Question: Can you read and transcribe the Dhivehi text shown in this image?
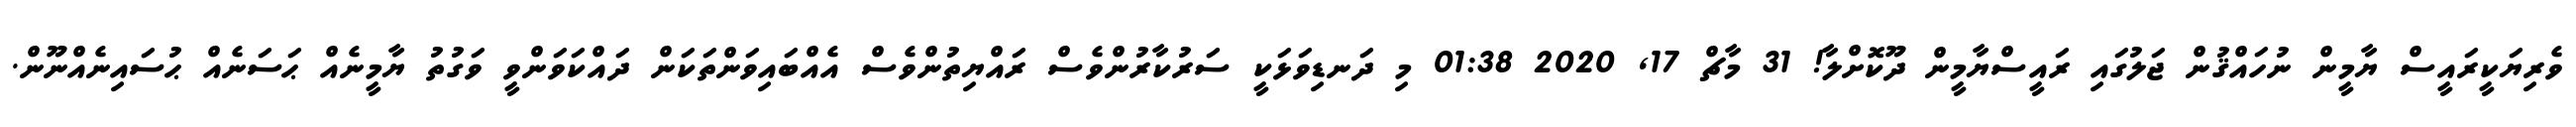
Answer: ވެރިޔަކީރައީސް ޔާމީން ނުހައްޤުން ޖަލުގައި ރައީސްޔާމީން ދޫކޮށްލާ! 31 މާޗް 17, 2020 01:38 މި ދަނޑިވަޅަކީ ސަރުކާރުންވެސް ރައްޔިތުންވެސް އެއްބައިވަންތަކަން ދައްކަވަންވީ ވަގުތު ޔާމީނެއް ޙަސަނެއް ޙުސައިނެއްނޫން.